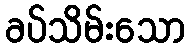
ခပ်သိမ်းသော